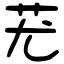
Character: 𦬓